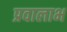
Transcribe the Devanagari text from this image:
प्रवालाभ